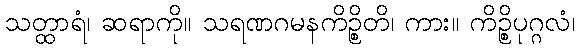
သတ္ထာရံ၊ ဆရာကို။ သရဏဂမနကိဉ္စိတိ၊ ကား။ ကိဉ္စိပုဂ္ဂလံ၊